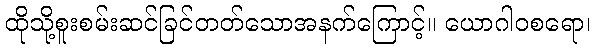
ထိုသို့စူးစမ်းဆင်ခြင်တတ်သောအနက်ကြောင့်။ ယောဂါဝစရော၊